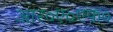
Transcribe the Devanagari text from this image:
आर०ए०एफ०